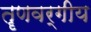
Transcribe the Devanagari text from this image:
तॄणवर्गीय